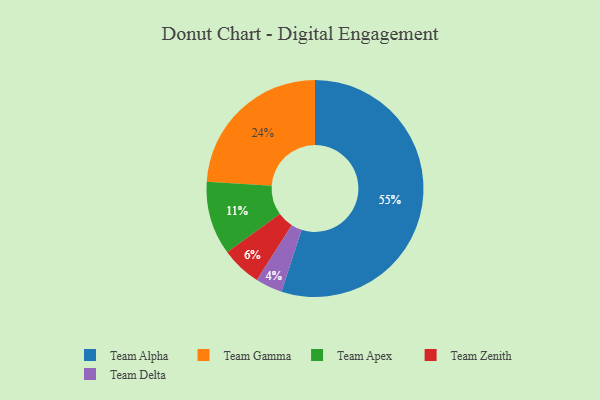
{"axis": {"x": "Category", "y": "Percentage"}, "legend": ["Team Alpha", "Team Apex", "Team Delta", "Team Gamma", "Team Zenith"], "data": [{"x": "Team Apex", "y": 11, "type": "Team Apex"}, {"x": "Team Delta", "y": 4, "type": "Team Delta"}, {"x": "Team Alpha", "y": 55, "type": "Team Alpha"}, {"x": "Team Gamma", "y": 24, "type": "Team Gamma"}, {"x": "Team Zenith", "y": 6, "type": "Team Zenith"}]}